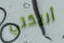
أريكتي